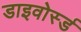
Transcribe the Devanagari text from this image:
डाइवोर्स्ड